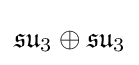
{\mathfrak {su}}_{3}\oplus {\mathfrak {su}}_{3}